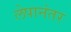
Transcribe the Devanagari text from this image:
लेपानंतर